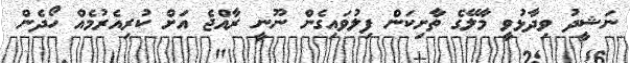
ނަޝީދު ވިދާޅުވީ މާލޭގެ ތާށިކަން ފިލުވައިގެން ނޫނީ ރާއްޖެ އަށް ކުރިއެރުމެއް ހޯދެން